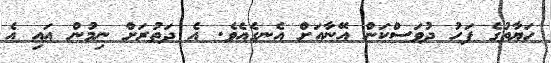
ހަޔާތުގެ ފަހު ދުވަސްކަން އޭނާއަށް އެނގެއެވެ. އެ ދަތުރަށް ނިމުން އައި އެ